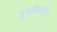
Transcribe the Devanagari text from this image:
पुनर्प्रदर्शन